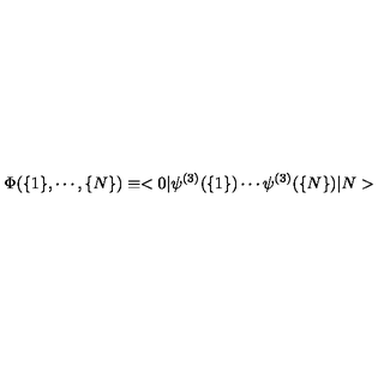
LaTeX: \Phi ( \{ 1 \} , \cdots , \{ N \} ) \equiv < 0 | \psi ^ { ( 3 ) } ( \{ 1 \} ) \cdots \psi ^ { ( 3 ) } ( \{ N \} ) | N >